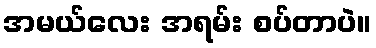
အမယ်လေး အရမ်း စပ်တာပဲ။